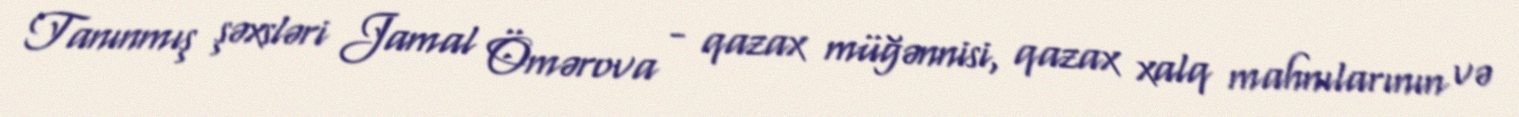
Tanınmış şəxsləri Jamal Ömərova - qazax müğənnisi, qazax xalq mahnılarının və